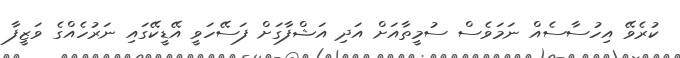
ކުރެވޭ އިހުސާސެއް ނަމަވެސް ސުމީތާއަށް އަދި އަޝްފާގަށް ފަސޭހަވީ އޭޑީކޭގައި ނަރުހެއްގެ ވަޒީފާ